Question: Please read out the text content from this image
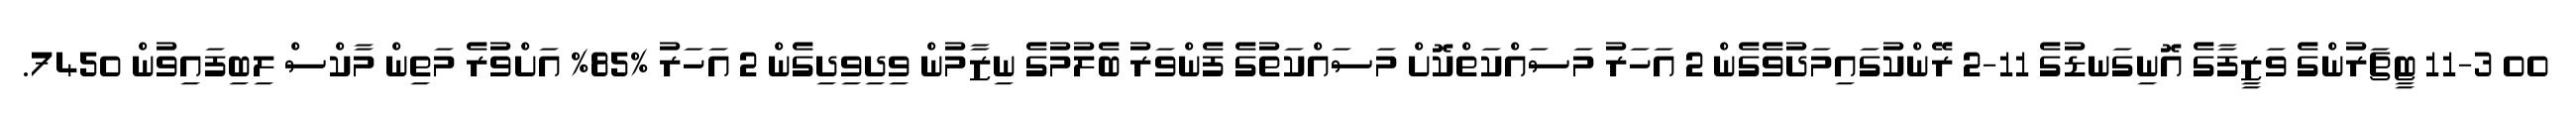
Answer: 00 11-3 ޓީޗަރުންގެ ވަޒީފާގެ އޮނިގަނޑުގެ 11-2 ރޭންކުގައިމަދުވެގެން 2 އަހަރު މަސައްކަތްކޮށް މަސައްކަތުގެ ފެންވަރު ބެލުމުގެ ނިޒާމުން ވިދިވިދިގެން 2 އަހަރު %85% އަށްވުރެ މަތިން މާކްސް ލިބިފައިވުން 7450.